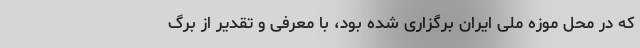
که در محل موزه ملی ایران برگزاری شده بود، با معرفی و تقدیر از برگ